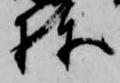
棟